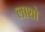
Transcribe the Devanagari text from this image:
लाशो